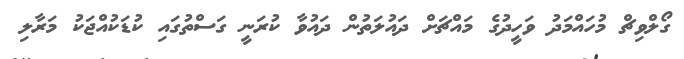
ގޯލްވިޗް މުހައްމަދު ވަހީދުގެ މައްޗަށް ދައުލަތުން ދައުވާ ކުރަނީ ގަސްތުގައި ކުޑަކުއްޖަކު މަރާލި